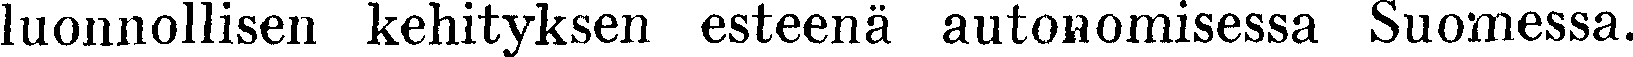
luonnollisen kehityksen esteenä autonomisessa Suomessa.